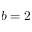
b = 2